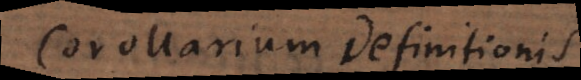
Corollarium Definitionis